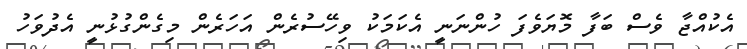
އެކުއްޖާ ވެސް ބަފާ މޮޔަވެފަ ހުންނަނީ އެކަމަކު ވިހޭސުރެން އަހަރެން މިގެންގުޅުނީ އެދުވަހު